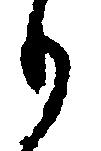
も